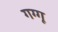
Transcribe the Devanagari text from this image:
गग्गू